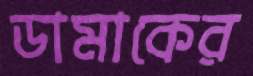
ডামাকের